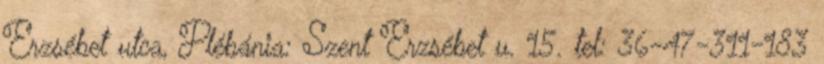
Erzsébet utca, Plébánia: Szent Erzsébet u. 15. tel: 36-47-311-183